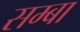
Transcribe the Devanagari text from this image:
सम्बा